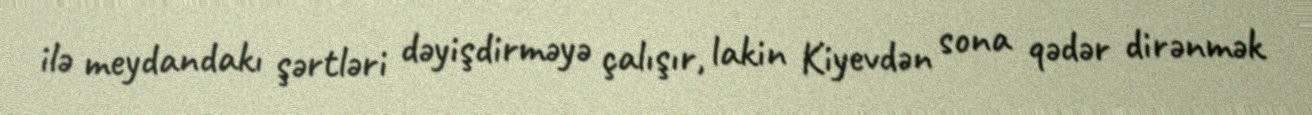
ilə meydandakı şərtləri dəyişdirməyə çalışır, lakin Kiyevdən sona qədər dirənmək